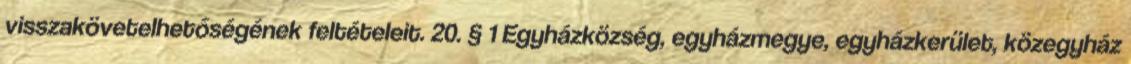
visszakövetelhetőségének feltételeit. 20. § 1 Egyházközség, egyházmegye, egyházkerület, közegyház